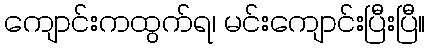
ကျောင်းကထွက်ရ၊ မင်းကျောင်းပြီးပြီ။